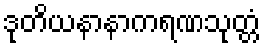
ဒုတိယနာနာကရဏသုတ္တံ